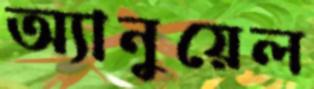
অ্যানুয়েল